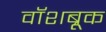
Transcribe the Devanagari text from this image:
वॉशब्रूक